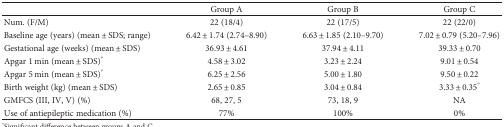
|  | Group A | Group B | Group C |
 | --- | --- | --- | --- |
 | Num. (F/M) | 22 (18/4) | 22 (17/5) | 22 (22/0) |
 | Baseline age (years) (mean ± SDS; range) | 6.42 ± 1.74 (2.74–8.90) | 6.63 ± 1.85 (2.10–9.70) | 7.02 ± 0.79 (5.20–7.96) |
 | Gestational age (weeks) (mean ± SDS) | 36.93 ± 4.61 | 37.94 ± 4.11 | 39.33 ± 0.70 |
 | Apgar 1 min (mean ± SDS)° | 4.58 ± 3.02 | 3.23 ± 2.24 | 9.01 ± 0.54 |
 | Apgar 5 min (mean ± SDS)° | 6.25 ± 2.56 | 5.00 ± 1.80 | 9.50 ± 0.22 |
 | Birth weight (kg) (mean ± SDS) | 2.65 ± 0.85 | 3.04 ± 0.84 | 3.33 ± 0.35° |
 | GMFCS (III, IV, V) (%) | 68, 27, 5 | 73, 18, 9 | NA |
 | Use of antiepileptic medication (%) | 77% | 100% | 0% |